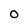
Character: 0